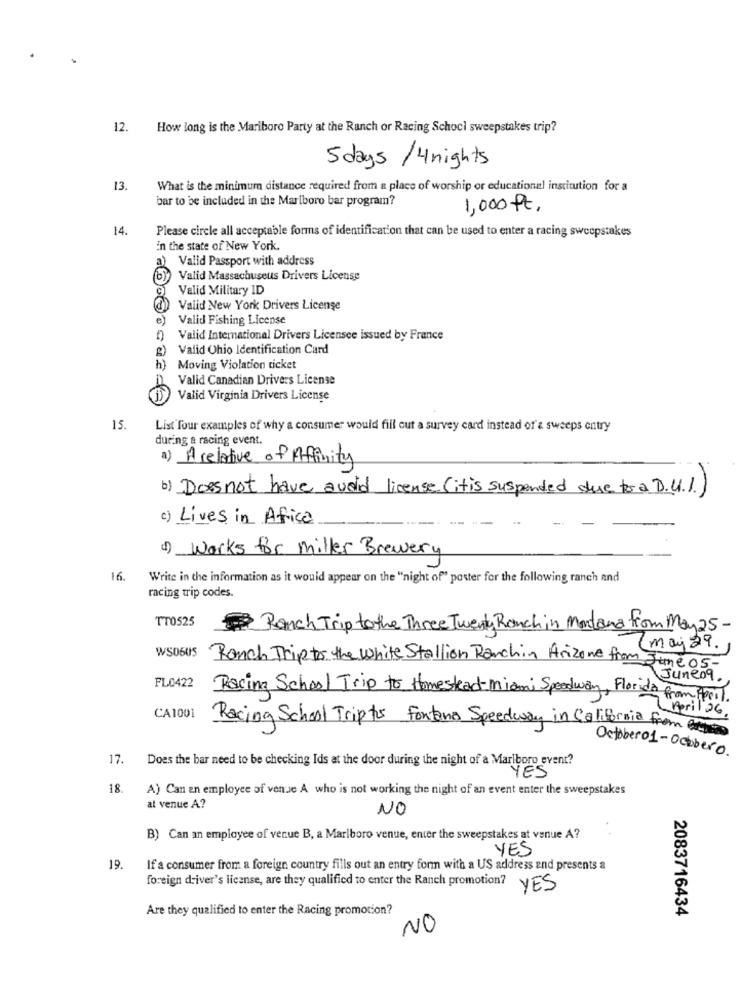
12.
How long is the Mariboro Party at the Ranch or Racing Schoci sweepstakes trip?
5 days /4 nights
13.
What is the minimum distance required from a place of worship or educational institution for a
bar to be included in the Marlboro bar program?
1,000 ft,
14.
Please circle all acceptable forms of identification that can be used to enter a racing sweepstakes
In the state of New York.
Valid Passport with address
Valid Massachuseus Drivers License
9
Valid Military ID
Valid New York Drivers License
Valid Fishing License
Valid International Drivers Licensee issued by France
g) Valid Ohio Identification Card
) Moving Violation ticket
Valid Canadian Drivers License
Valid Virginia Drivers License
15.
List four examples of why a consumer would fill out a survey card instead of'a sweeps entry
during a racing event.
a) A relative of Affinity
b) Doesnot have avoid license (it is suspended due to a D.H.1)
c) Lives in Africa
c) Works for miller Brewery
16.
Write in the information as it would appear on the "night of" poster for the following ranch and
racing trip codes.
TT0525
Ranch Trip to the Three Twenty Rauch in Montana from May 25-
WSOSUS
may 29.
Ranch Trip to the white Stallion Ranchin Arizone from June 05-
FL0422
Juneog
Racing School Trip to Homestead-miami Speedway, Florida from April.
April 26 .
CA1001
Racing School Triptis Fontana Speedway in California from en
October01-Ocubero.
17.
Does the bar need to be checking Ids at the door during the night of a Marlboro event?
YES
18.
A) Can en employee of venue A who is not working the night of an event enter the sweepstakes
at venue A?
NO
B) Can an employee of venue B, a Marlboro venue, enter the sweepstakes at venue A?
YES
19.
If a consumer from a foreign country fills out an entry form with a US address and presents a
foreign driver's license, are they qualified to enter the Ranch promotion?
YES
Are they qualified to enter the Racing promotion?
2083716434
NO